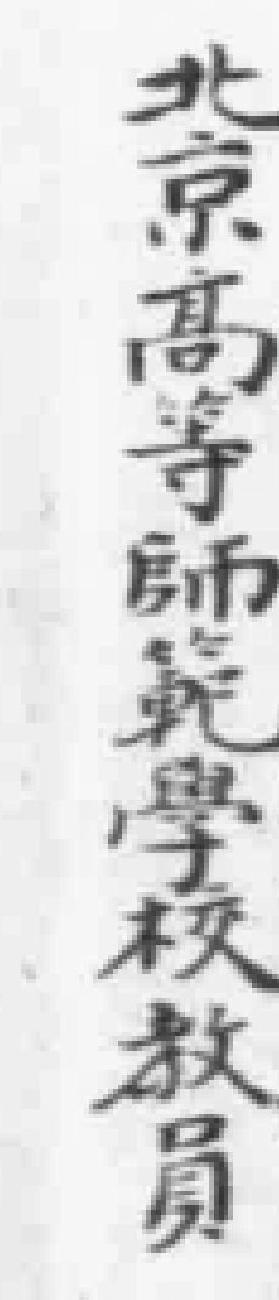
北京高等師範學校教員